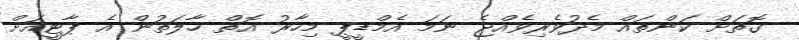
ގޮތަަށް ކަންތައް މެދުވެރިވެއްޖެ ނަމަ އެމްޑީޕީ މިހާރު އޮތް ހާލަތުން އެ ޕާޓީއަށް